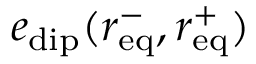
e _ { \mathrm { d i p } } ( r _ { \mathrm { e q } } ^ { - } , r _ { \mathrm { e q } } ^ { + } )